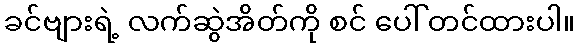
ခင်ဗျားရဲ့ လက်ဆွဲအိတ်ကို စင် ပေါ် တင်ထားပါ။